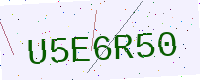
Text: U5E6R50